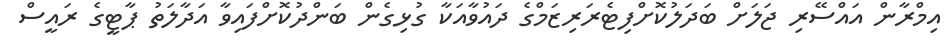
އިމްރާން އައްސޭރި ޖަލަށް ބަދަލުކޮށްފިޓެރަރިޒަމްގެ ދައުވާއަކާ ގުޅިގެން ބަންދުކޮށްފައިވާ އަދާލަތު ޕާޓީގެ ރައީސް